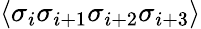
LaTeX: \langle\sigma_{i}\sigma_{i+1}\sigma_{i+2}\sigma_{i+3}\rangle